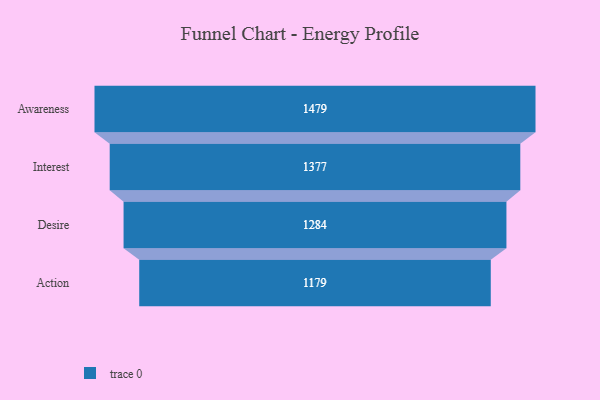
{"axis": {"x": "Stage", "y": "Value"}, "legend": [""], "data": [{"x": "Awareness", "y": 1479.0, "type": ""}, {"x": "Interest", "y": 1377.0, "type": ""}, {"x": "Desire", "y": 1284.0, "type": ""}, {"x": "Action", "y": 1179.0, "type": ""}]}